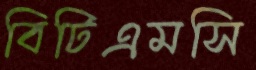
বিটিএমসি